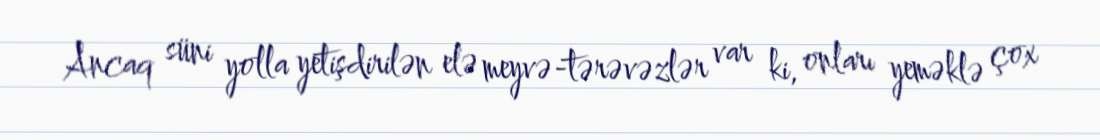
Ancaq süni yolla yetişdirilən elə meyvə-tərəvəzlər var ki, onları yeməklə çox